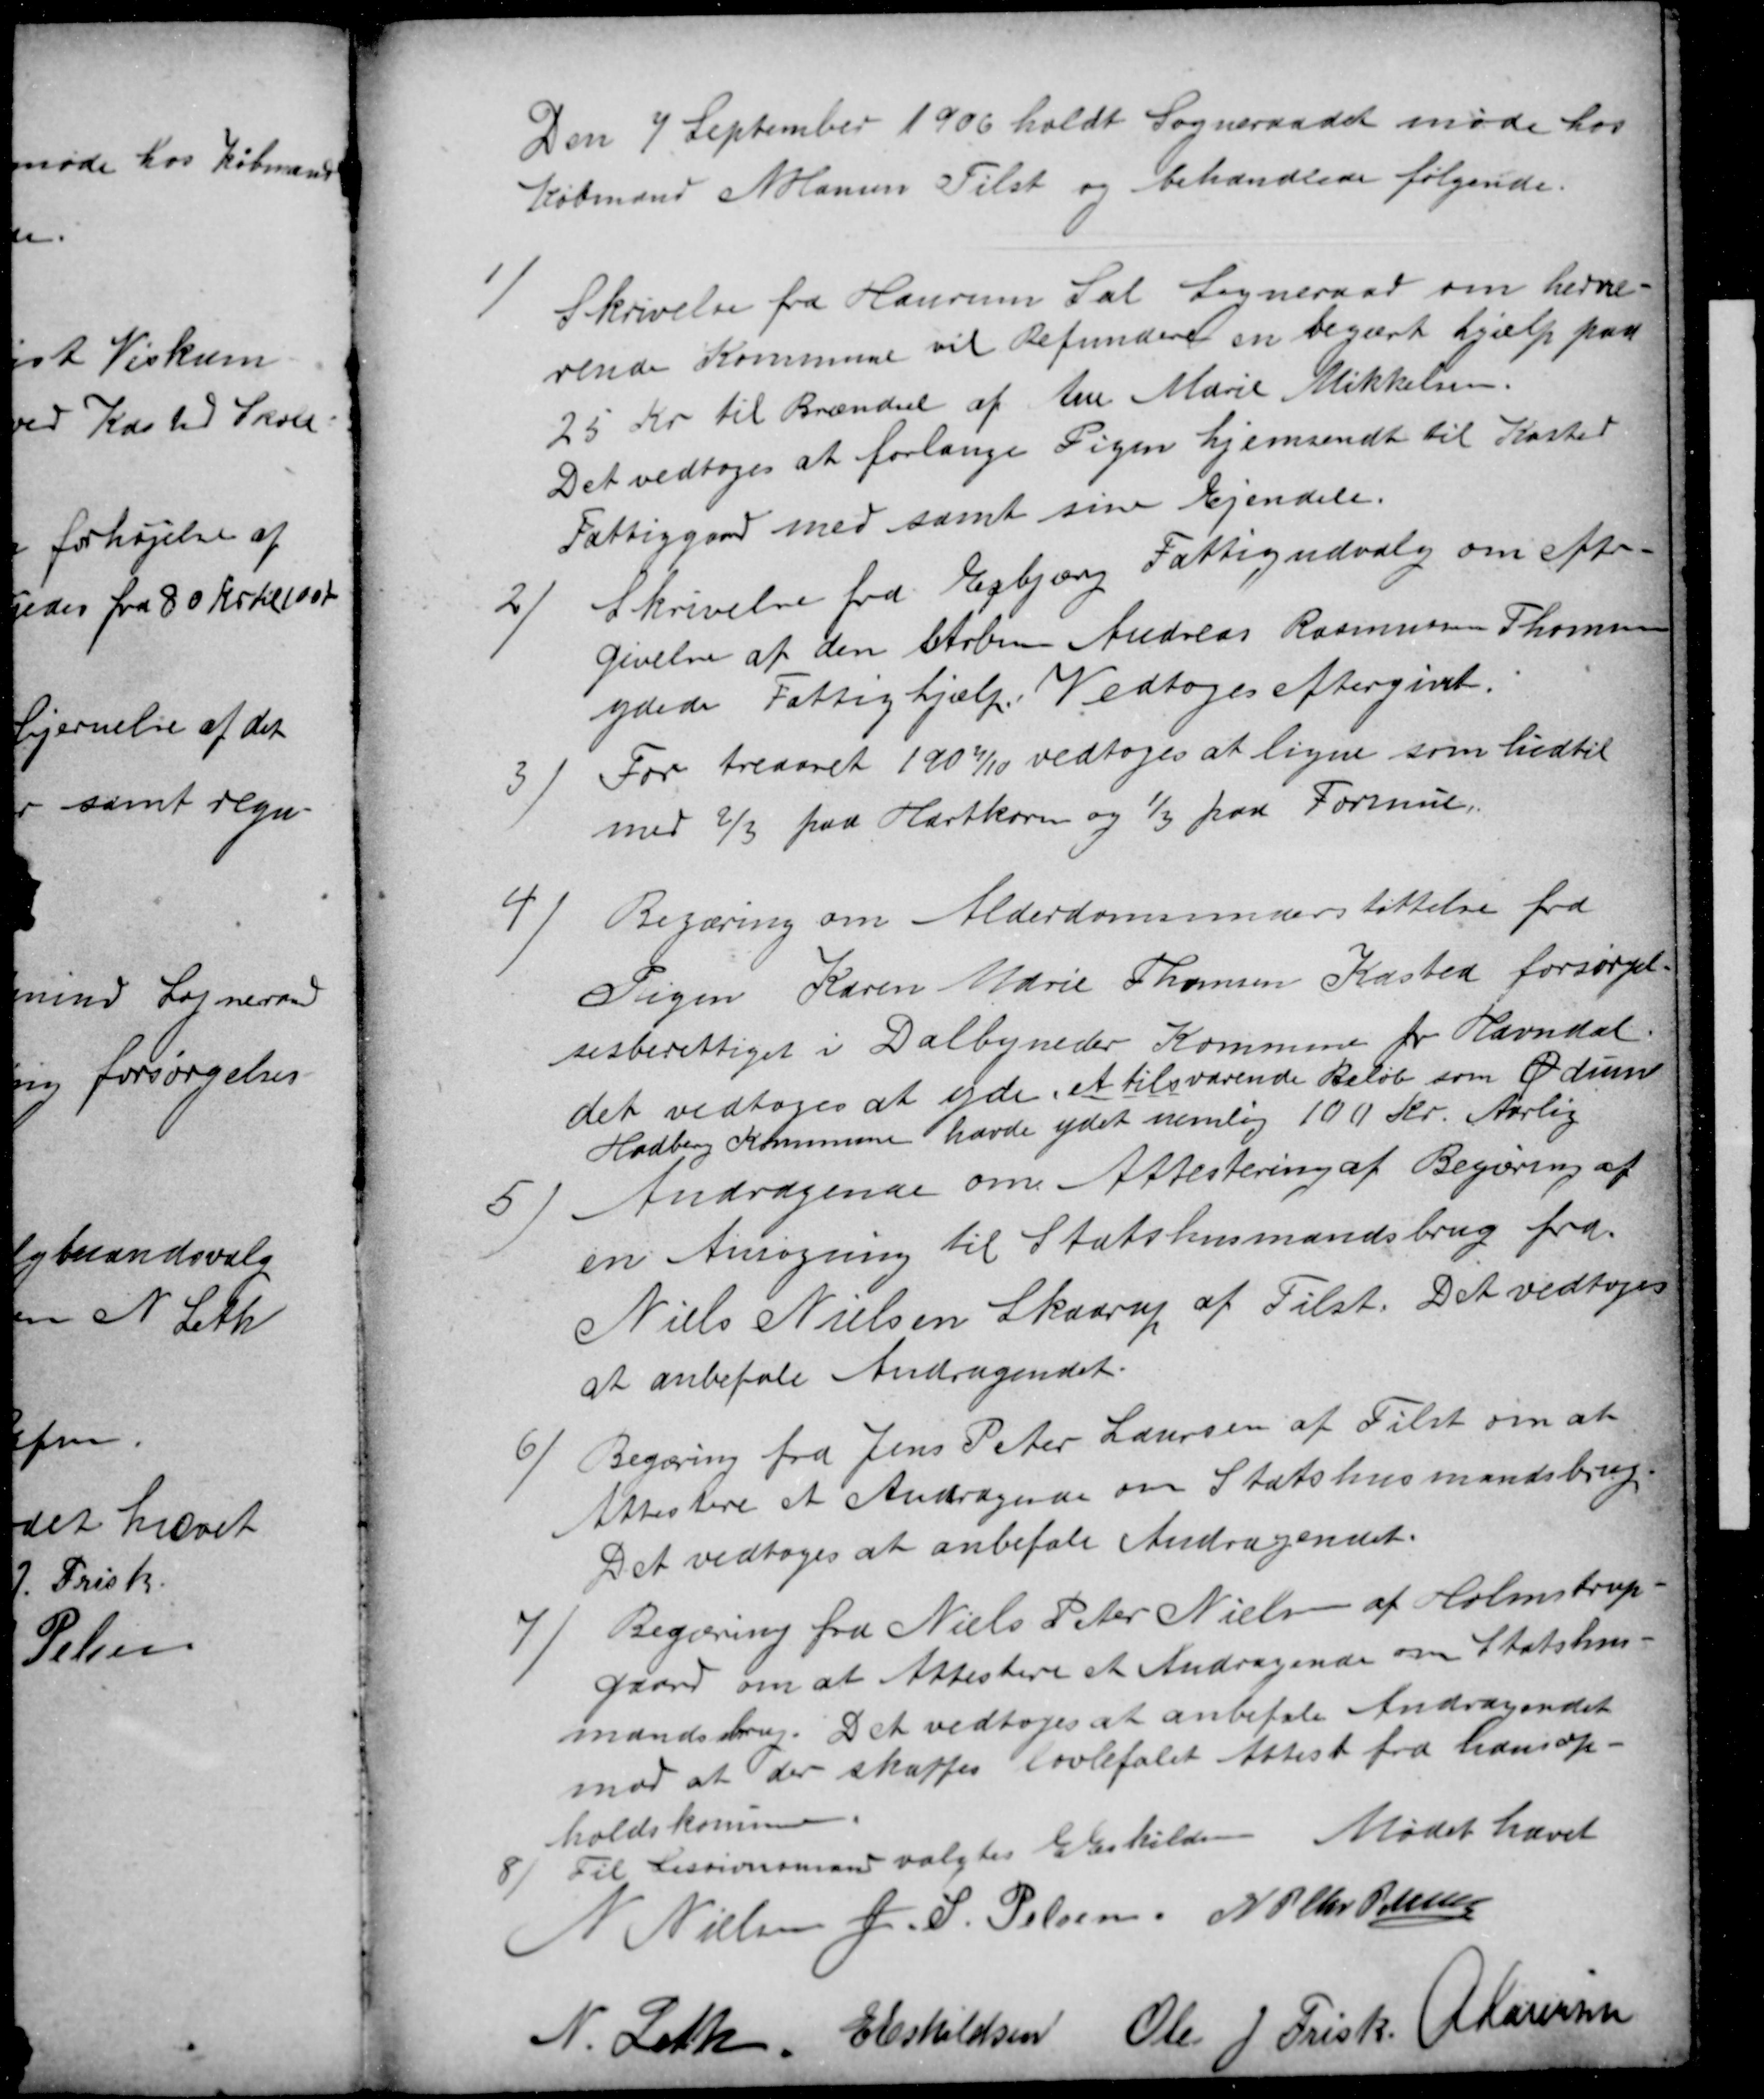
Transskription:
Den 7 September 1906 holdt Sogneraadet møde hos
Købmand N Hansen Tilst og behandlede følgende.
1)
Skrivelse fra Haurum Sal Sogneraad om hervæ-
rende Kommune vil Refundere en begært hjælp paa
25 Kr til Brændsel af Ane Marie Mikkelsen.
Det vedtoges at forlange Pigen hjemsendt til Kasted
Fattiggaard med samt sine Ejendele.
2)
Skrivelse fra Esbjærg Fattigudvalg om efter-
givelse af den Arbm Andreas Rasmussen Thomsen
ydede Fattighjælp. Vedtoges eftergivet.
3
For treaaret 1907/10 vedtoges at ligne som hidtil
med ⅔ paa Hartkorn og ⅓ paa Formue.
4
Begæring om Alderdomsunderstøttelse fra
Pigen Karen Marie Thomsen Kasted forsørgel-
sesberettiget i Dalbyneder Kommune pr Havndal.
det vedtoges at yde et tilsvarende Beløb som Ødum
Hadberg Kommune havde ydet nemlig 100 Kr. Aarlig
5
Andragende om Attestering af Begæring af
en Ansøgning til Statshusmandsbrug fra
Niels Nielsen Skaarup af Tilst. Det vedtoges
at anbefale Andragendet.
6
Begæring fra Jens Peter Laursen af Tilst om at
Attestere et Andragende om Statshusmandsbrug.
Det vedtoges at anbefale Andragendet.
7
Begæring fra Niels Peter Nielsen af Holmstrup-
gaard om at Attestere et Andragende om Statshus-
mandsbrug. Det vedtoges at anbefale Andragendet
mod at der skaffes lovbefalet Attest fra hans op-
holdskommune.
8
Til Sessionsmand valgtes E Eskilden. Mødet hævet
N Nielsen J. S. Pelsen. N P Chr Petersen
N. Leth.
E Eskildsen
Ole J Frisk A Laursen